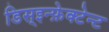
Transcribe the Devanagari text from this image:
डिस्इन्फ़ेक्टेन्ट